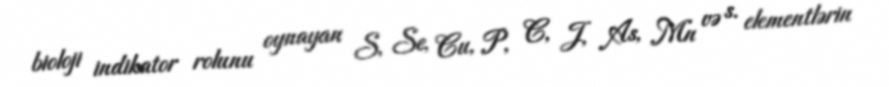
bioloji indikator rolunu oynayan S, Se, Cu, P, C, J, As, Mn və s. elementlərin